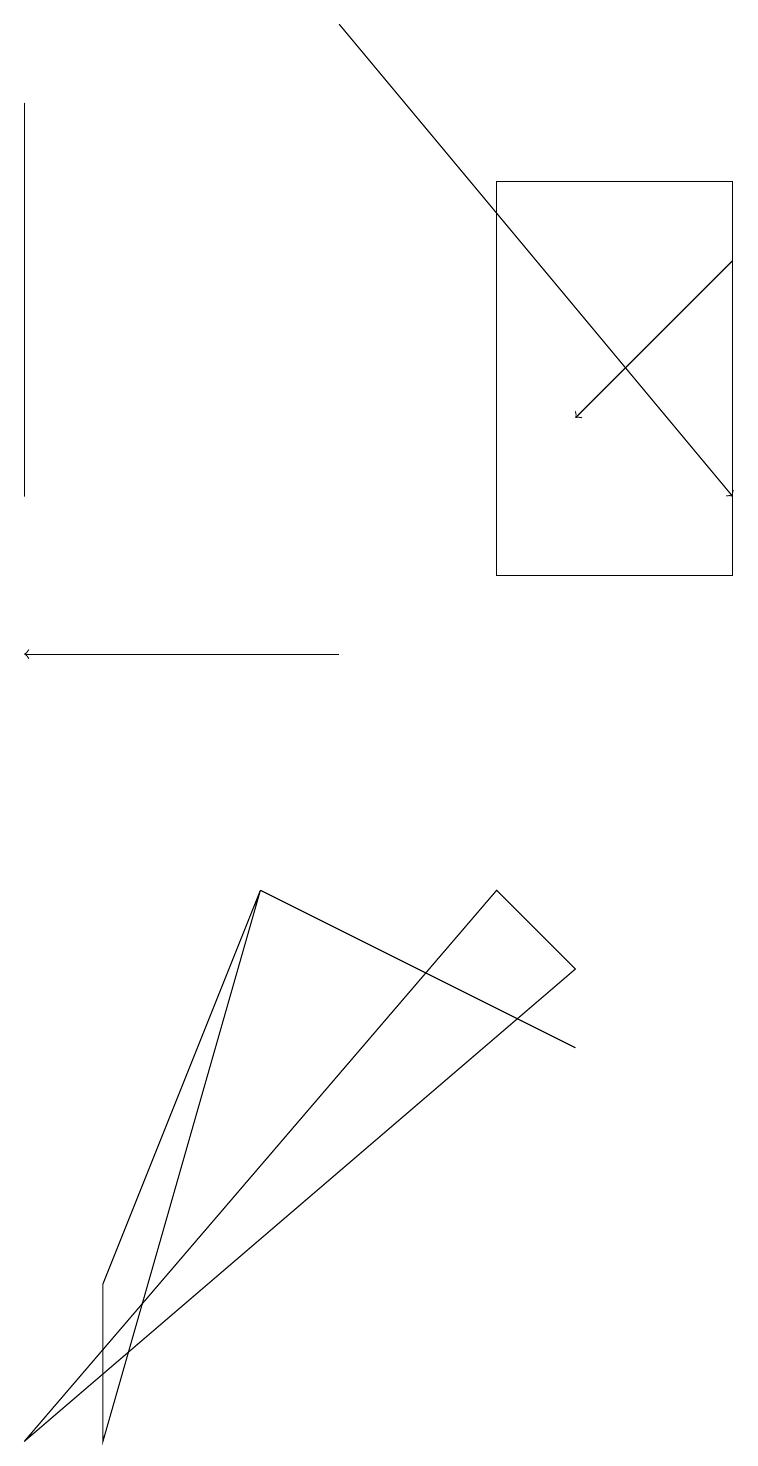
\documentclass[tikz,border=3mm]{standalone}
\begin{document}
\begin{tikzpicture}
\draw[->] (9,15) -- (7,13);
\draw (7,6) -- (6,7) -- (0,0) -- cycle;
\draw (3,7) -- (3,7) -- (7,5) -- cycle;
\draw (9,11) rectangle (6,16);
\draw (0,12) rectangle (0,17);
\draw (3,7) -- (1,2) -- (1,0) -- cycle;
\draw[->] (4,18) -- (9,12);
\draw[->] (4,10) -- (0,10);
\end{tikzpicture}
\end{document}